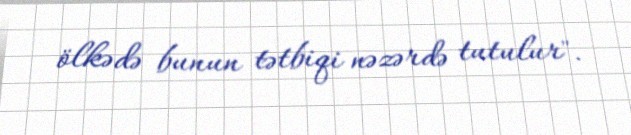
ölkədə bunun tətbiqi nəzərdə tutulur".